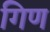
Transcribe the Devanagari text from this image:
गिण